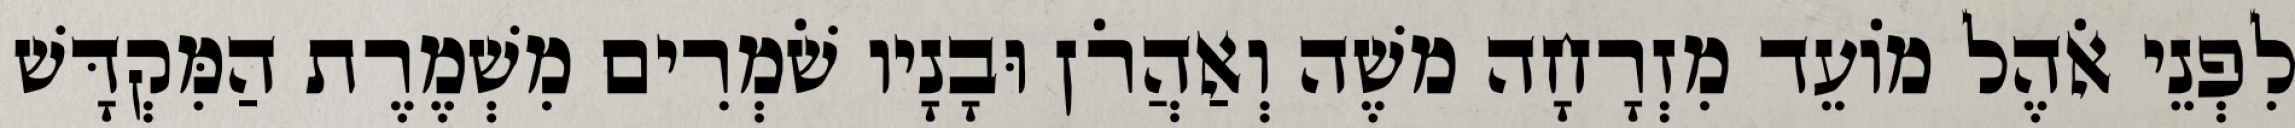
לִפְנֵי אֹהֶל מוֹעֵד מִזְרָחָה משֶׁה וְאַהֲרֹן וּבָנָיו שֹׁמְרִים מִשְׁמֶרֶת הַמִּקְדָּשׁ